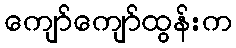
ကျော်ကျော်ထွန်းက